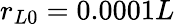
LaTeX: r_{L0}=0.0001L